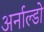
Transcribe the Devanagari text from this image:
अर्नाल्डो